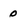
Character: 0